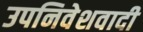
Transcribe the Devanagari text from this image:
उपनिवेशवादी